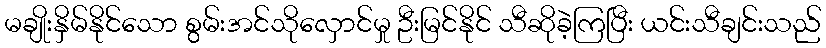
မချိုးနှိမ်နိုင်သော စွမ်းအင်သိုလှောင်မှု ဦးမြင်နိုင် သီဆိုခဲ့ကြပြီး ယင်းသီချင်းသည်